Vaccine operations Central Provinces 1886-1899 - 1886-1899
Year: 1886
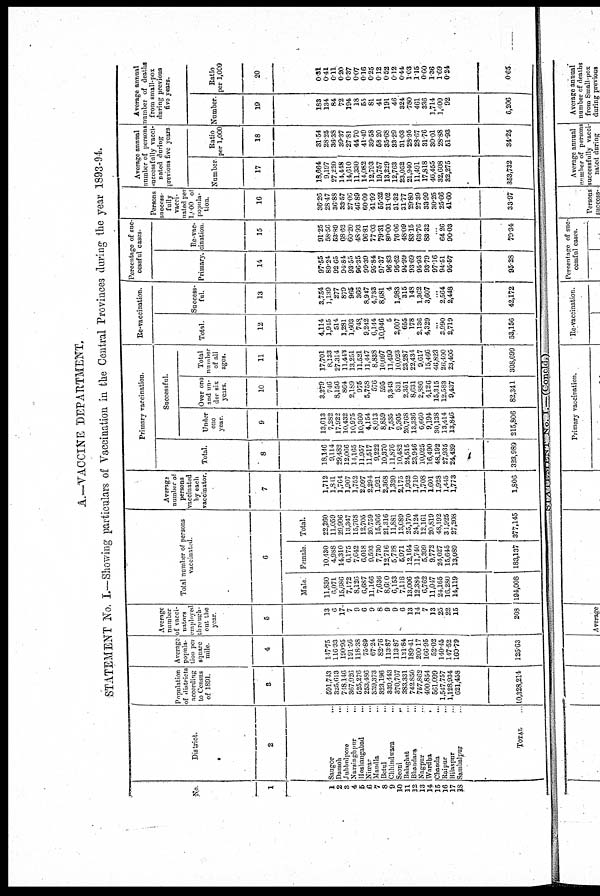
A.—VACCINE DEPARTMENT.
STATEMENT No. I.—Showing particulars of Vaccination in the Central Provinces during the year 1893-94
No.
1
1
2
3
4
5
6
7
8
9
10
11
12
18
14
15
16
17
18
District.
2
Saugor
...
Damoh
...
Jubbulpore ...
Narsinghpur
...
Hoshangabad ...
Nimar
...
Mandla
...
Betul ...
Chhindwara ...
Seoni ...
Balaghat ...
Bhandara ...
Nagpur ...
Wardha
...
Chanda
...
Raipur ...
Bilaspur ...
Sambalpur ...
TOTAL
...
Population
of districts
according
to Census
of 1891.
3
501,743
325,613
748,146
367,026
525,276
253,486
339,373
323,196
839,443
370,767
383,331
742,850
757,862
400,854
561,099
1,547,757
1,128,934
621,458
10,328,214
Average
popula-
tion per
square
mile
4
147.75
116.33
190.95
191.56
118.38
75.89
67.24
82.76
113.87
113.87
121.84
189.41
200.17
166.95
52.02
140.45
147.52
160.79
125.63
Average
number
of vacci¬
nators
employed
through-
out the
year.
5
13
6
17
7
9
6
9
8
9
9
6
13
14
7
13
25
22
15
208
Tolal number of persons
vaccinated.
6
Male
11,830
6,071
15,686
7,172
8,126
6,687
11,166
7,636
8,600
6,153
7,118
13,006
12,384
6,762
11,047
24,165
16,280
14,119
194,008
Female.
10,430
4,988
14,310
6,175
7,642
6,018
9,593
7,730
12,716
5,728
5,971
12,164
11,740
5,399
9,772
24,027
15,645
13,089
183,137
Total.
22,260
11,059
29,996
13,347
15,768
12,705
20,759
15,366
21,316
11,881
13,089
25,170
24,124
12,161
20,819
48,192
31,925
27,208
377,145
Average
number of
personal
vaccinated
by each
vaccinator.
7
1,712
1,841
1,764
1,907
1,752
2,097
2,294
1,921
2,368
1,320
2,175
1,932
1,710
1,708
1,601
1,928
1,445
1,773
1,806
Primary vaccination.
Total.
8
18,146
9,114
29,482
12,066
14,165
11,957
11,517
9,222
10,370
11,876
10,482
24,515
23,946
10,025
16,490
48,192
27,935
24,489
323,989
Successful.
Under
one
year.
9
13,613
7,282
17,922
10,432
10,975
10,360
4,154
8,013
8,859
7,535
9,305
20,768
13,336
6,660
9,194
30,138
13,414
13,846
215,806
Over on
and un-
der six
years.
10
8,279
746
8,156
864
2,189
975
5,758
576
595
3,343
531
2,351
8,631
2,886
4,126
15,315
12,583
9,437
82,341
Total
number
of all
ages.
11
17,701
8,138
27,314
11,443
13,251
11,521
11,447
8,838
10,097
11,499
10,023
23,287
22,434
9,617
15,466
46,823
26,400
23,405
308,699
Re-vaccination.
Total.
12
4,114
1,945
514
1,281
1,603
748
9,242
6,144
10,946
5
2,607
655
178
2,136
4,329
...
3,990
2,719
53,156
Success-
ful.
13
3,754
1,139
277
879
965
366
8,947
4,738
8,681
4
1,983
315
148
1,362
3,607
...
2,564
2,448
42,172
Percentage of suc
cessful cases.
Primary.
14
97.55
89.24
92.65
94.84
93.55
96.35
99.39
95.84
97.37
96.83
95.62
94.99
93.69
95.93
93.79
97.16
94.51
95.57
95.28
Re-vac-
cination.
15
91.25
58.56
53.89
68.62
60.20
48.93
96.81
77.03
79.31
80.00
76.06
48.09
83.15
63.76
83.32
...
64.26
90.03
79.34
Persons
success-
fully
vacci-
nated per
1,000 of
popula-
tion.
16
36.26
28.47
36.88
33.57
27.06
46.89
60.09
41.99
55.32
31.02
31.32
31.77
29.80
27.89
33.99
30.25
25.66
41.60
33.97
Average annual
number of person
suceessfully vacci
nated during
previous five years
Number
17
18,664
9,197
27,220
14,448
14,610
11,330
14,082
12,793
19,757
13,229
12,763
23,052
21,940
11,491
17,818
46,455
32,608
32,275
353,732
Ratio
per 1,000
18
31.54
28.25
36.38
39.37
27.81
44.70
41.49
39.58
58.20
35.68
33.29
31.03
28.95
28.67
31.76
30.01
28.88
51.93
34.25
Average annual
number of deaths¬
from small-pox
during previous
five years.
Number.
10
183
134
84
72
194
18
65
81
41
191
46
324
780
461
336
1,714
1,400
92
6,206
Ratio
per 1,000
20
0.31
0.41
0.11
0.20
0.37
0.07
0.16
0.25
0.12
0.52
0.12
0.44
1.03
1.15
0.60
1.36
1.69
0.24
0.65